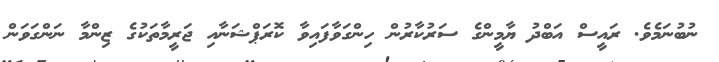
ނުބުނަމެވެ. ރައީސް އަބްދު ޔާމީންގެ ސަރުކާރުން ހިންގަވާފައިވާ ކޮރަޕްޝަނާއި ޖަރީމާތަކުގެ ޒިންމާ ނަންގަވަން